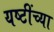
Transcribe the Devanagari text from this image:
यष्टींच्या